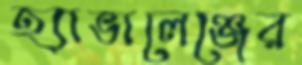
হ্যাভালেঞ্জের